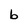
Character: b